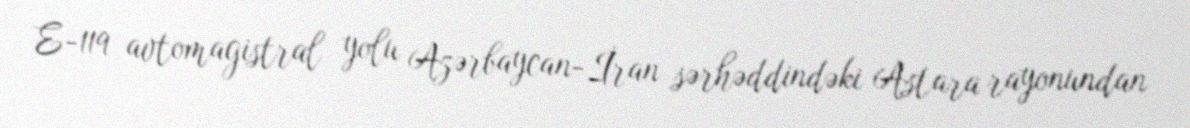
E-119 avtomagistral yolu Azərbaycan-İran sərhəddindəki Astara rayonundan